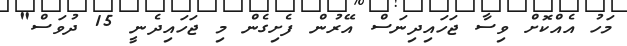
މަހު އެއްކޮށް ވިސާ ޖަހައިދިނަސް އޭރުން ފެށިގެން މި ޖަހައިދެނީ 15 ދުވަސް"